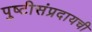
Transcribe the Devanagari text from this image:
पुष्टीसंप्रदायची